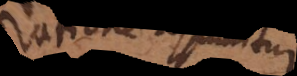
ratione assumitur